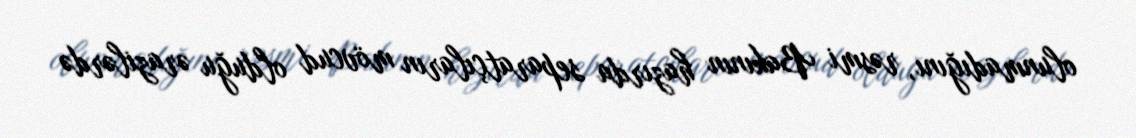
olunmadığını, rəsmi Bakının hazırda separatçıların mövcud olduğu ərazilərdə